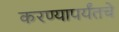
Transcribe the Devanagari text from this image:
करण्यापर्यंतचे